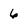
Character: 6